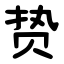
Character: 贽